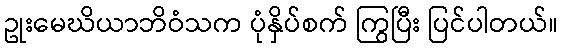
ဥုးမေဃိယာဘိဝံသက ပုံနှိပ်စက် ကြွပြီး ပြင်ပါတယ်။